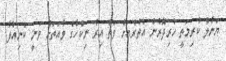
ޔަނާލް ކުރިމަތީ ހުރިދޮރުން އެތެރެއަށް ވަތް އިރު ނިކްހާގެ ވާއަތަށް ވަނީ ކެނިއުލާ